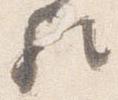
歟